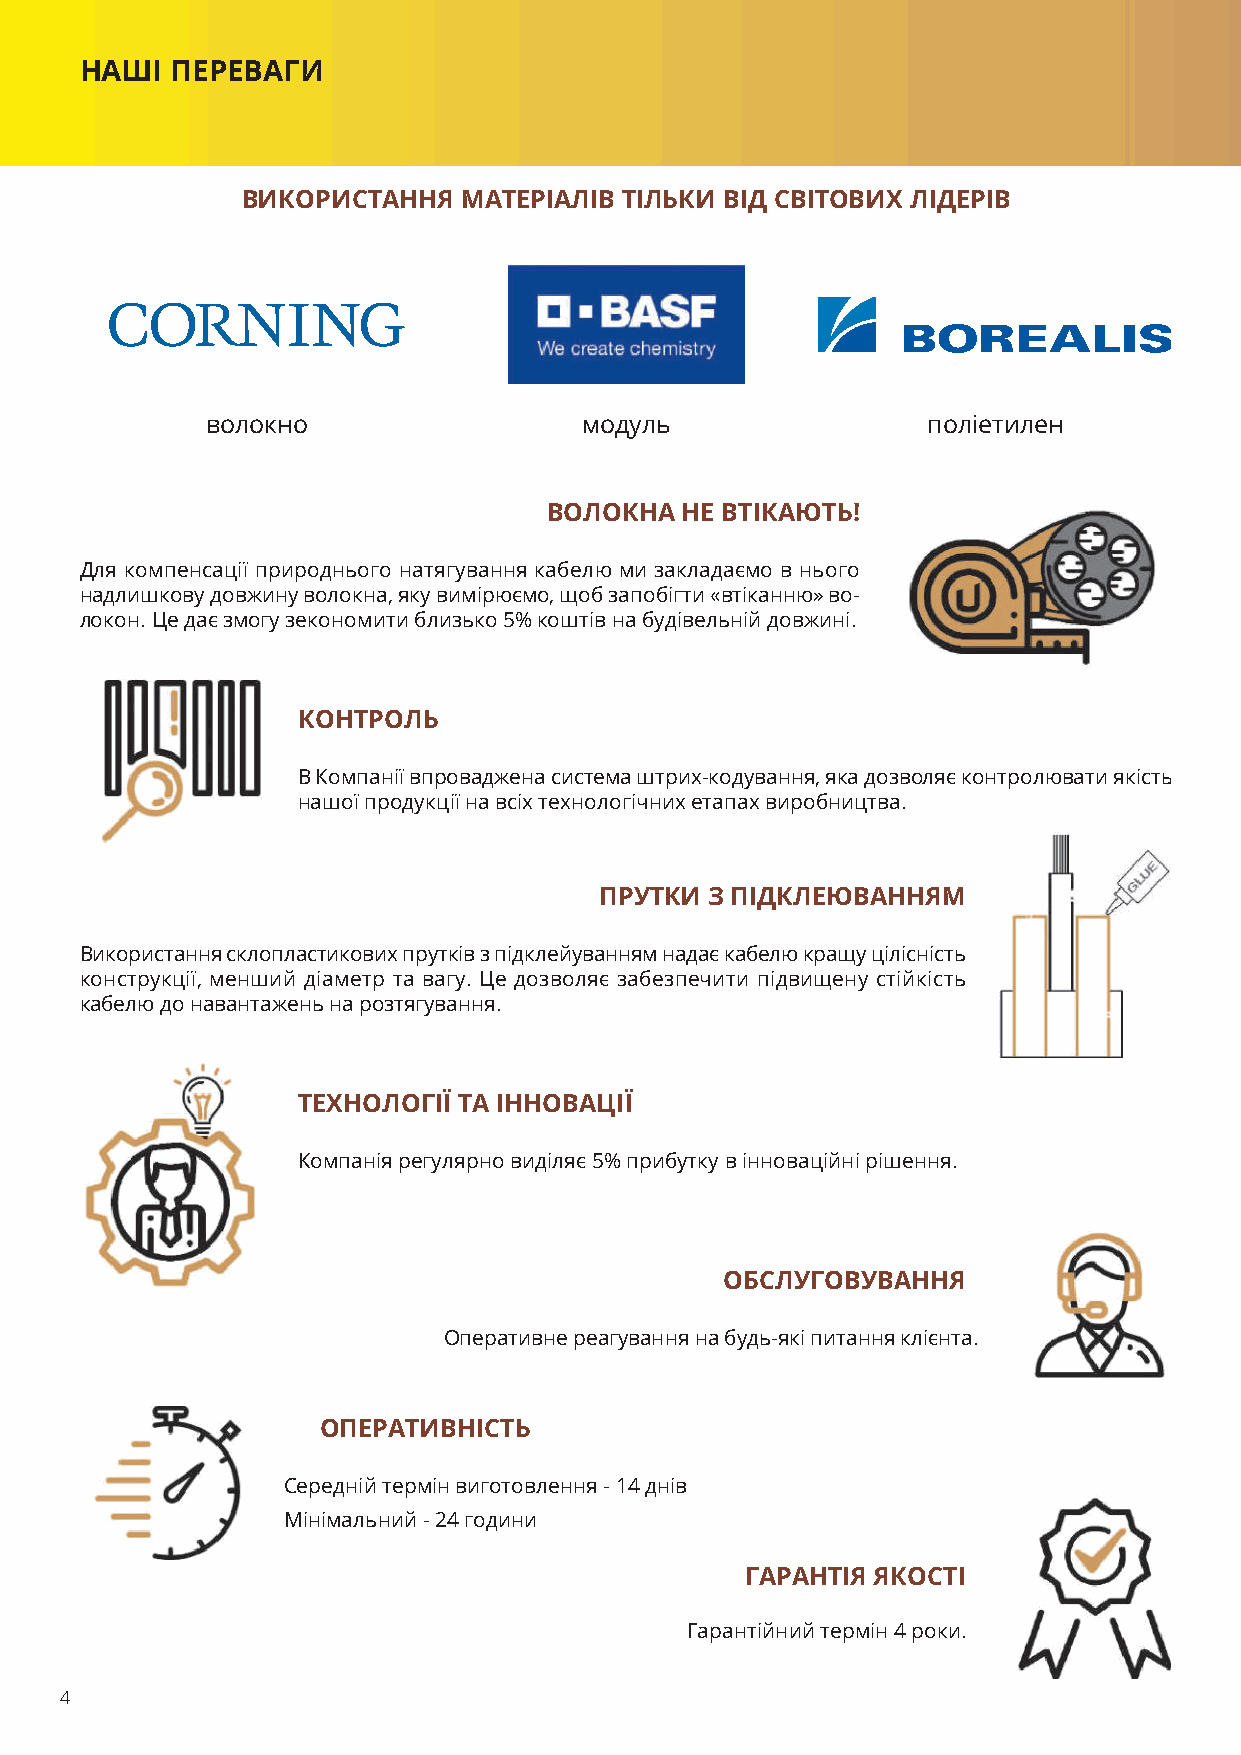
НАШІ  ПЕРЕВАГИ
 ВИКОРИСТАННЯ   МАТЕРІАЛІВ ТІЛЬКИ ВІД СВІТОВИХ ЛІДЕРІВ
 волокно                 модуль                 поліетилен
 ВОЛОКНА  НЕ ВТІКАЮТЬ!
 Для компенсації природнього натягування кабелю ми закладаємо в нього
 надлишкову довжину волокна, яку вимірюємо, щоб запобігти «втіканню» во-
 локон. Це дає змогу зекономити близько 5% коштів на будівельній довжині.
 КОНТРОЛЬ
 В Компанії впроваджена система штрих-кодування, яка дозволяє контролювати якість
 нашої продукції на всіх технологічних етапах виробництва.
 ПРУТКИ З ПІДКЛЕЮВАННЯМ
 Використання склопластикових прутків з підклейуванням надає кабелю кращу цілісність
 конструкції, менший діаметр та вагу. Це дозволяє забезпечити підвищену стійкість
 кабелю до навантажень на розтягування.
 ТЕХНОЛОГІЇ ТА ІННОВАЦІЇ
 Компанія регулярно виділяє 5% прибутку в інноваційні рішення.
 ОБСЛУГОВУВАННЯ
 Оперативне реагування на будь-які питання клієнта.
 ОПЕРАТИВНІСТЬ
 Середній термін виготовлення - 14 днів
 Мінімальний - 24 години
 ГАРАНТІЯ ЯКОСТІ
 Гарантійний термін 4 роки.
 4